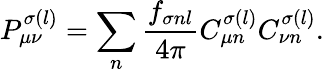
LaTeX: P_{\mu\nu}^{\sigma(l)}=\sum_{n}\frac{f_{\sigma nl}}{4\pi}C_{\mu n}^{\sigma(l)}C_{\nu n}^{\sigma(l)}.